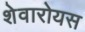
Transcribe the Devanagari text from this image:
शेवारोयस